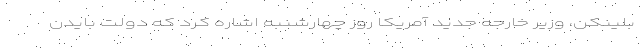
بلینکن، وزیر خارجه جدید آمریکا روز چهارشنبه اشاره کرد که دولت بایدن